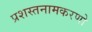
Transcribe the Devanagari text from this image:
प्रशस्तनामकरणो